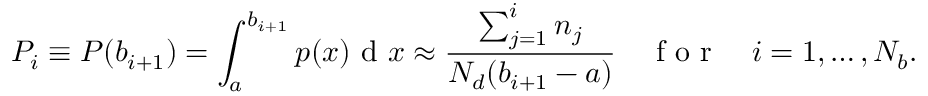
P _ { i } \equiv P ( b _ { i + 1 } ) = \int _ { a } ^ { b _ { i + 1 } } p ( x ) \textrm { d } x \approx \frac { \sum _ { j = 1 } ^ { i } n _ { j } } { N _ { d } ( b _ { i + 1 } - a ) } \ \ \ \textrm { f o r } \ \ \ i = 1 , \dots , N _ { b } .